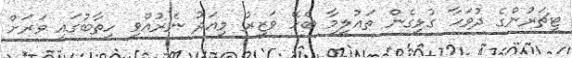
ޓީޗަރުންގެ ދުވަހާ ގުޅިގެން ތައުލީމާ ބެހޭ ވަޒީރު މިއަދު ނެރުއްވި ހިތާބުގައި ވަރަށް